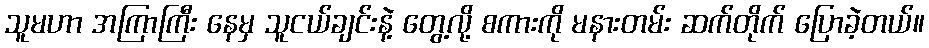
သူမဟာ အကြာကြီး နေမှ သူငယ်ချင်းနဲ့ တွေ့လို့ စကားကို မနားတမ်း ဆက်တိုက် ပြောခဲ့တယ်။